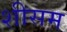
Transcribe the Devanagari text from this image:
शीसम